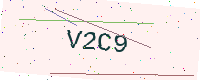
Text: V2C9